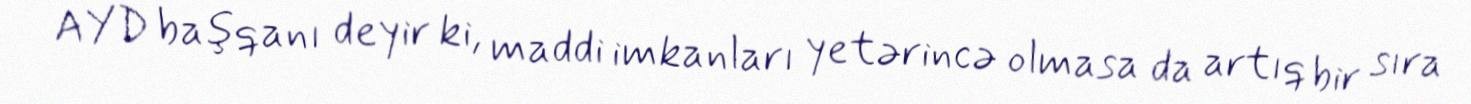
AYD başqanı deyir ki, maddi imkanları yetərincə olmasa da artıq bir sıra